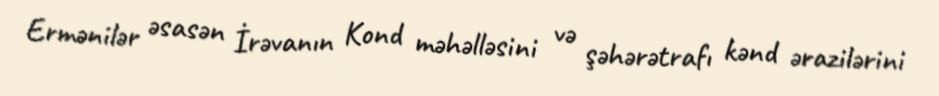
Ermənilər əsasən İrəvanın Kond məhəlləsini və şəhərətrafı kənd ərazilərini